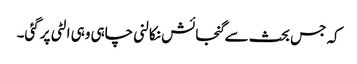
کہ جس بحث سےگنجائش نکالنی چاہی وہی الٹی پرگئی۔